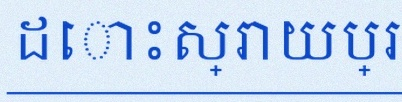
ដោះស្រាយប្រព័ន្ធសមីការ